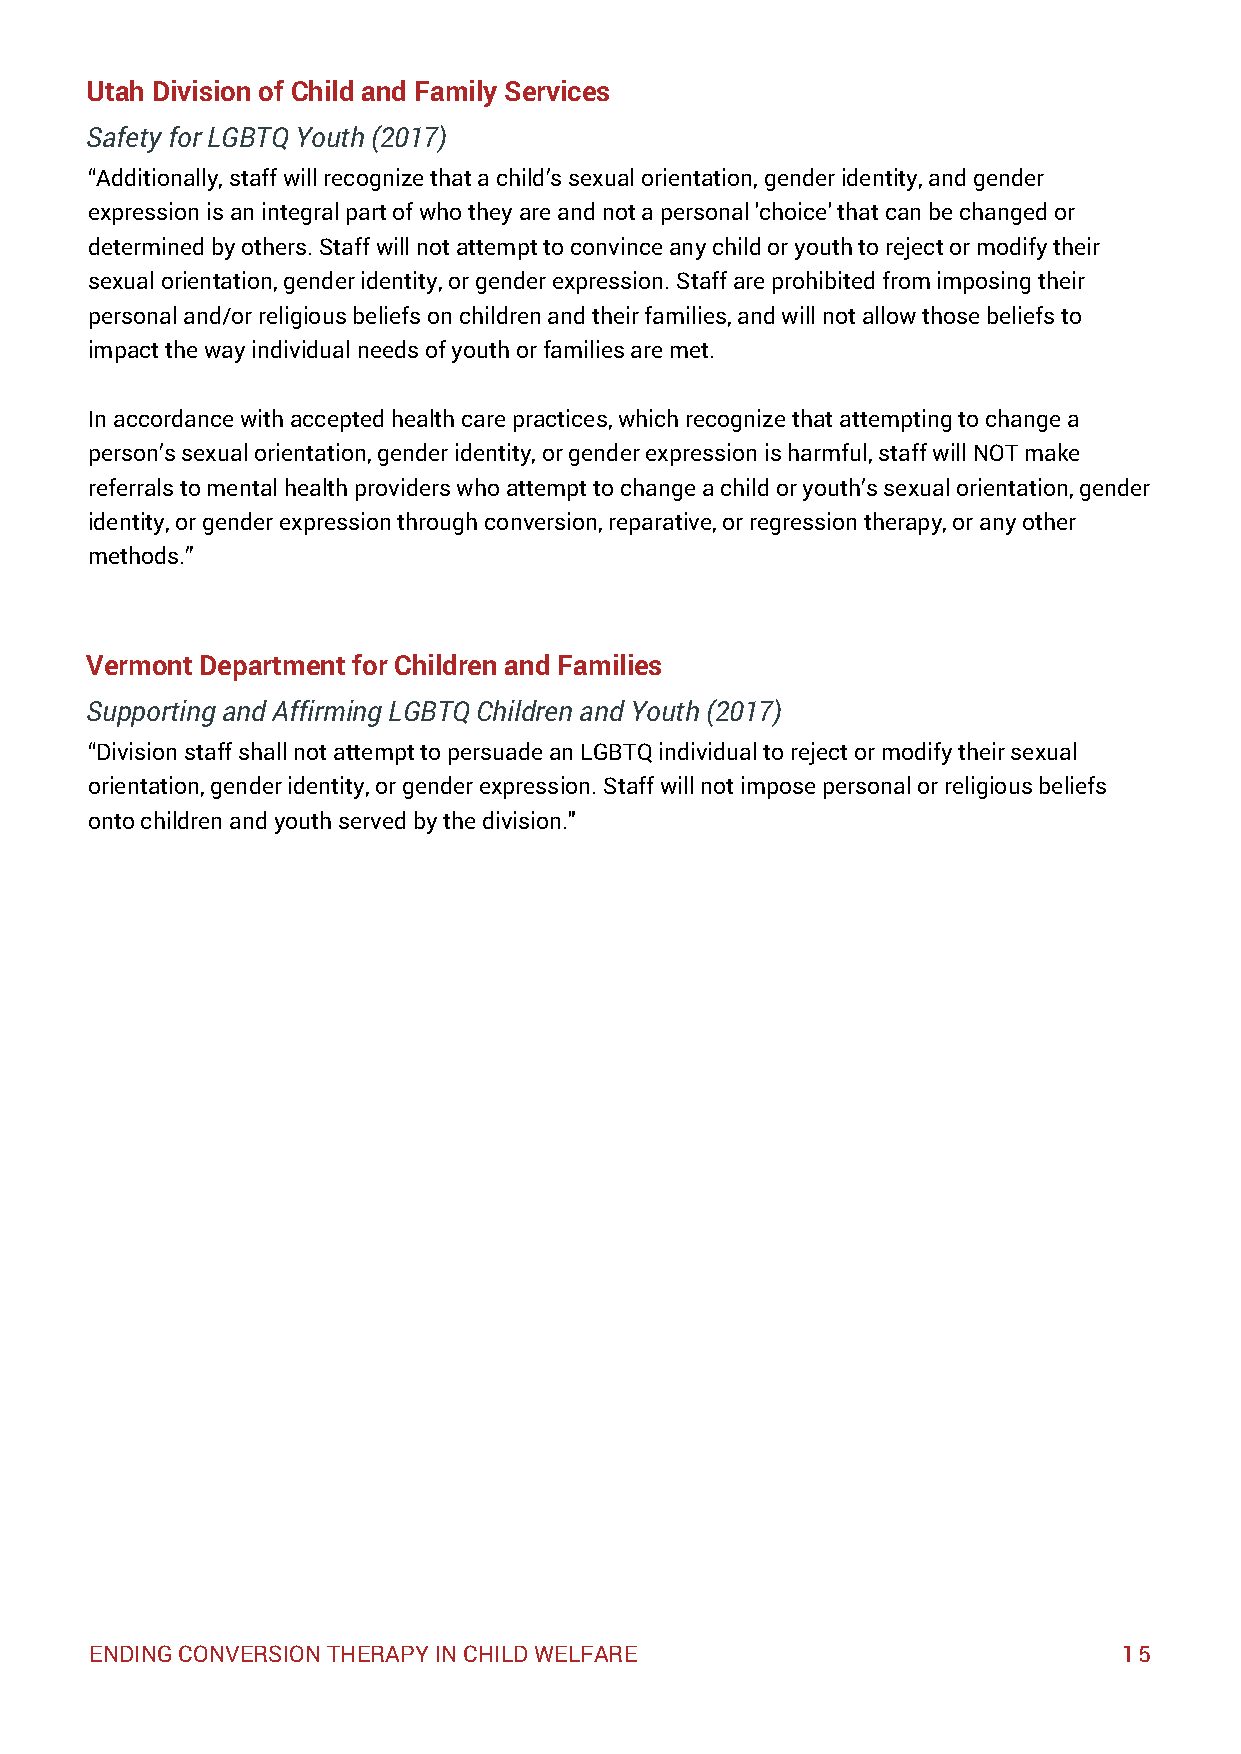
Utah Division of Child and Family Services
 Safety for LGBTQ Youth (2017)
 “Additionally, staff will recognize that a child’s sexual orientation, gender identity, and gender
 expression is an integral part of who they are and not a personal 'choice' that can be changed or
 determined by others. Staff will not attempt to convince any child or youth to reject or modify their
 sexual orientation, gender identity, or gender expression. Staff are prohibited from imposing their
 personal and/or religious beliefs on children and their families, and will not allow those beliefs to
 impact the way individual needs of youth or families are met.
 In accordance with accepted health care practices, which recognize that attempting to change a
 person’s sexual orientation, gender identity, or gender expression is harmful, staff will NOT make
 referrals to mental health providers who attempt to change a child or youth’s sexual orientation, gender
 identity, or gender expression through conversion, reparative, or regression therapy, or any other
 methods.”
 Vermont Department for Children and Families
 Supporting and Affirming LGBTQ Children and Youth (2017)
 “Division staff shall not attempt to persuade an LGBTQ individual to reject or modify their sexual
 orientation, gender identity, or gender expression. Staff will not impose personal or religious beliefs
 onto children and youth served by the division."
 ENDING CONVERSION THERAPY IN CHILD WELFARE                          15